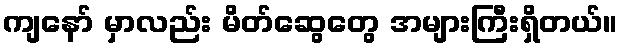
ကျနော် မှာလည်း မိတ်ဆွေတွေ အများကြီးရှိတယ်။